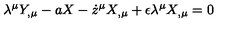
\lambda ^ { \mu } Y _ { , \mu } - a X - \dot { z } ^ { \mu } X _ { , \mu } + \epsilon \lambda ^ { \mu } X _ { , \mu } = 0